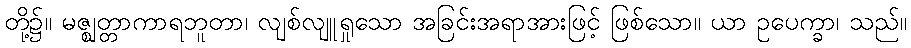
တို့၌။ မဇ္ဈတ္တာကာရဘူတာ၊ လျစ်လျူရှုသော အခြင်းအရာအားဖြင့် ဖြစ်သော။ ယာ ဥပေက္ခာ၊ သည်။